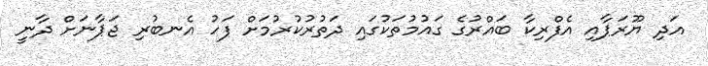
އަދި ޔޫރަޕާއި އެފްރިކާ ބައްރުގެ ގައުމުތަކުގައި ދަތުރުކުރުމަށް ފަހު އެނބުރި ޖަޕާނަށް ދާނީ